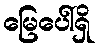
မြေပေါ်ရှိ